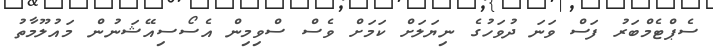
ސެޕްޓެމްބަރު ފަސް ވަނަ ދުވަހުގެ ނިޔަލަށް ކަމަށް ވެސް ސްވިމިން އެސޯސިއޭޝަނުން މައުލޫމާތު